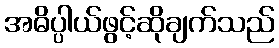
အဓိပ္ပါယ်ဖွင့်ဆိုချက်သည်